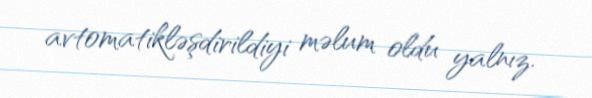
avtomatikləşdirildiyi məlum oldu yalnız.